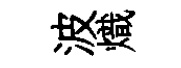
波熾